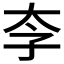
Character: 𱙶